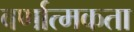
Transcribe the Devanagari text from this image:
वर्णात्मकता